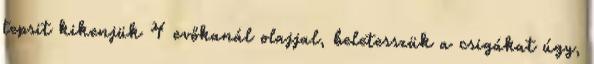
tepsit kikenjük 4 evőkanál olajjal, beletesszük a csigákat úgy,